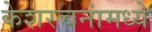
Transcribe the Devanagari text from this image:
केशरचनांमध्ये